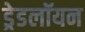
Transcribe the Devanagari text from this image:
ड्रेडलॉयन